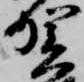
賀